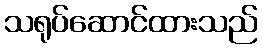
သရုပ်ဆောင်ထားသည်